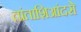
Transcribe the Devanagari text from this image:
तांताशिआंदसे